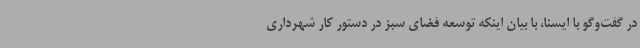
در گفت‌وگو با ایسنا، با بیان اینکه توسعه فضای سبز در دستور کار شهرداری